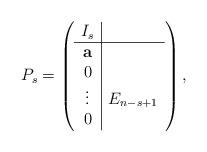
LaTeX: \begin{align*}P_s= \left ( \begin{array}{c|c}I_s & \\ \hline\mathbf a & \\0 & \\\vdots & E_{n-s+1}\\0 & \\\end{array} \right ) ,\end{align*}